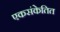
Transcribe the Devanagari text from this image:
एकसंकेतित